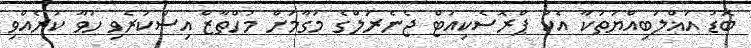
ބޮޑު އަޣްލަބިއްޔަތަކާ އެކު ޕްރޮސެކިއުޓް ޖެނެރަލްގެ މަގާމަށް މުހްތާޒް އިސްކުރެވި ހުވާ ކުރެއްވި